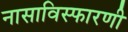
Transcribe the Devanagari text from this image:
नासाविस्फारणी